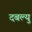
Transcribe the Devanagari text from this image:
दबल्यु